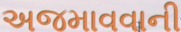
અજમાવવાની